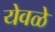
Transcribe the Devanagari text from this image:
येवळे